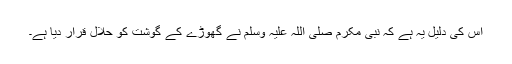
اس کی دلیل یہ ہے کہ نبی مکرم صلی اللہ علیہ وسلم نے گھوڑے کے گوشت کو حلال قرار دیا ہے۔